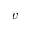
v